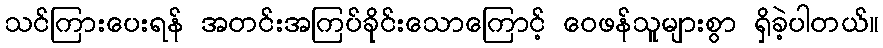
သင်ကြားပေးရန် အတင်းအကြပ်ခိုင်းသောကြောင့် ဝေဖန်သူများစွာ ရှိခဲ့ပါတယ်။